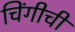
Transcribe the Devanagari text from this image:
चिंगीची